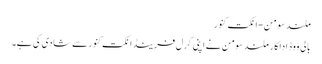
ملند سومن-انکت کنور
بالی ووڈ اداکار ملند سومن نے اپنی گرل فرینڈ انکت کنور سے شادی کی ہے۔